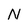
Character: N